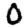
Digit: 0